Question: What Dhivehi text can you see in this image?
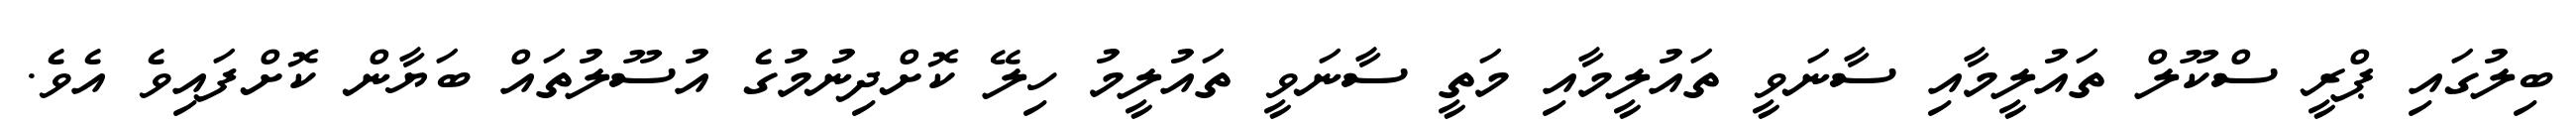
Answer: ބިލުގައި ޕްރީ ސްކޫލް ތައުލީމާއި ސާނަވީ ތައުލީމާއި މަތީ ސާނަވީ ތައުލީމު ހިލޭ ކޮށްދިނުމުގެ އުސޫލުތައް ބަޔާން ކޮށްފައިވެ އެވެ.